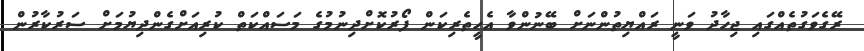
ރޭގެވަގުތެއްގައި ޖިހާދު ވަނީ ރައްޔިތުންނަށް ބޭނުންވާ އެހީތެރިކަން ފޯރުކޮށްދިނުމުގެ މަސައްކަތް ކުރިއަށްގެންދިޔުމަށް ސަރުކާރުން